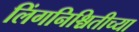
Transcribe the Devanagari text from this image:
लिंगनिश्चितीच्या